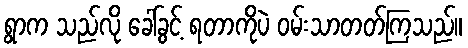
ရွာက သည်လို ခေါ်ခွင့် ရတာကိုပဲ ဝမ်းသာတတ်ကြသည်။